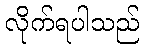
လိုက်ရပါသည်